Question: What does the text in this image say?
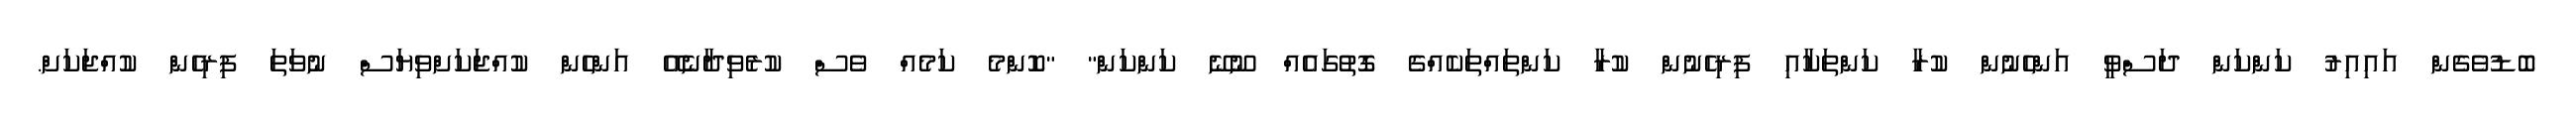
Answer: ބޮޑުވެގެން އައިއިރު ކަންކަން ދަސްވީ އަންހެނުން ކުރާ ކަންތަކާއި ފިރިހެނުން ކުރާ ކަންތައްތަކެއްގެ ގޮތުގައެއް ނޫނޭ ކަންކަން" "ކޮންމެ ކަމެއް ވެސް ކުރެވިދާނެއޭ އަންހެން ކުއްޖަކަށްވިޔަސް ނުވަތަ ފިރިހެން ކުއްޖަކަށް.